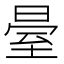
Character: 𱼫